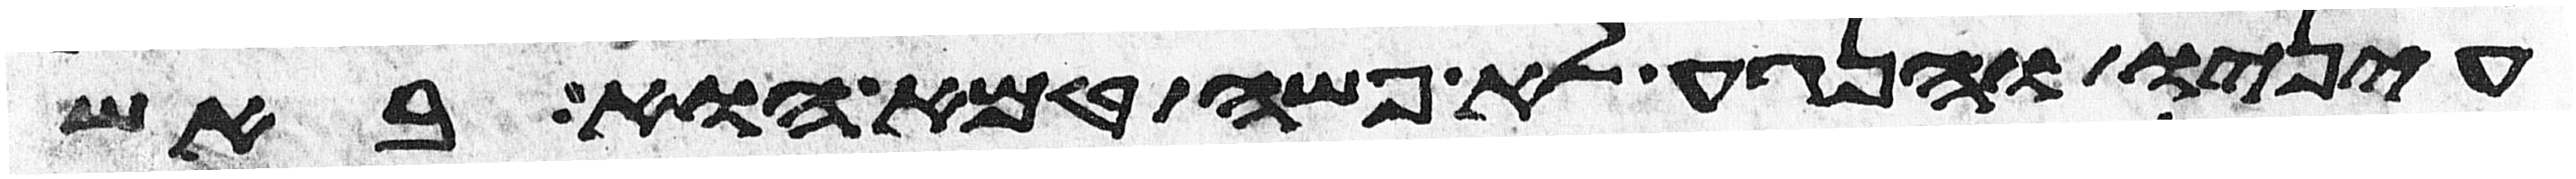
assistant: עיניו והנגע לא פשה טמא הוא באש